Leaving Certificate Examination (including Day School Certificate (Higher) General paper), 1933
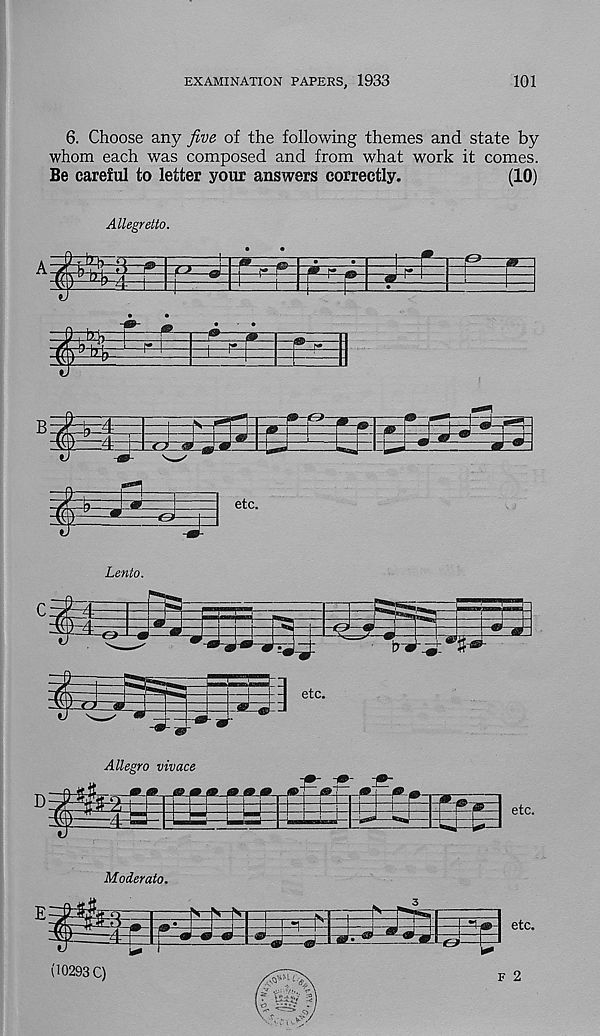
EXAMINATION PAPERS, 1933
101
6. Choose any five of the following themes and state by
whom each was composed and from what work it comes.
Be careful to letter your answers correctly.
(10)
Allegretto.
fv-j* 5 ! 3
:d:
3g3E3e:
&
3=
etc.
Lento.
Allegro vivace
Moderate.
±
N-N
4^
<& ■ &>
4^
fj
etc.
f 2
(10293 C)
/.